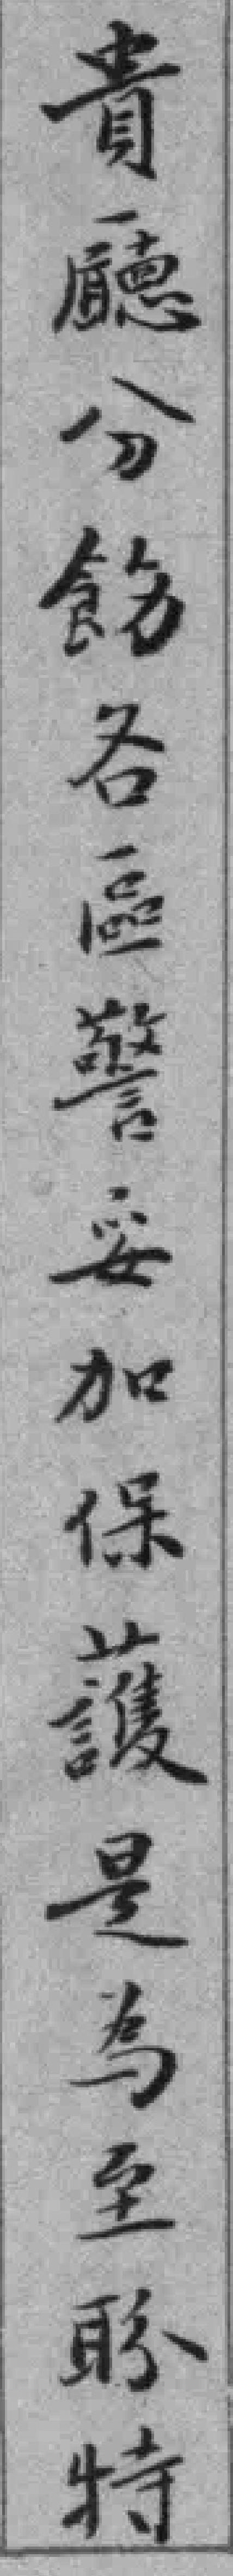
貴廰分飭各區警妥加保*是為至盼特